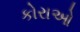
કોરાઓ